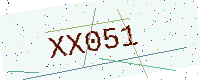
Text: XX051